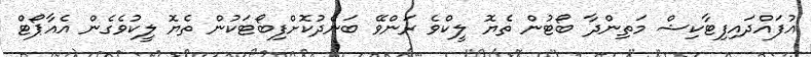
އުފައްދައިފިޓާކިޝް މަތިންދާ ބޯޓުން ތެޔޮ ލީކްވެ ރަންވޭ ބަންދުކޮށްފިބޯޓަކުން ތެޔޮ ލީކުވެގެން އެއާޕޯޓް